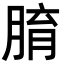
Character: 𦝑